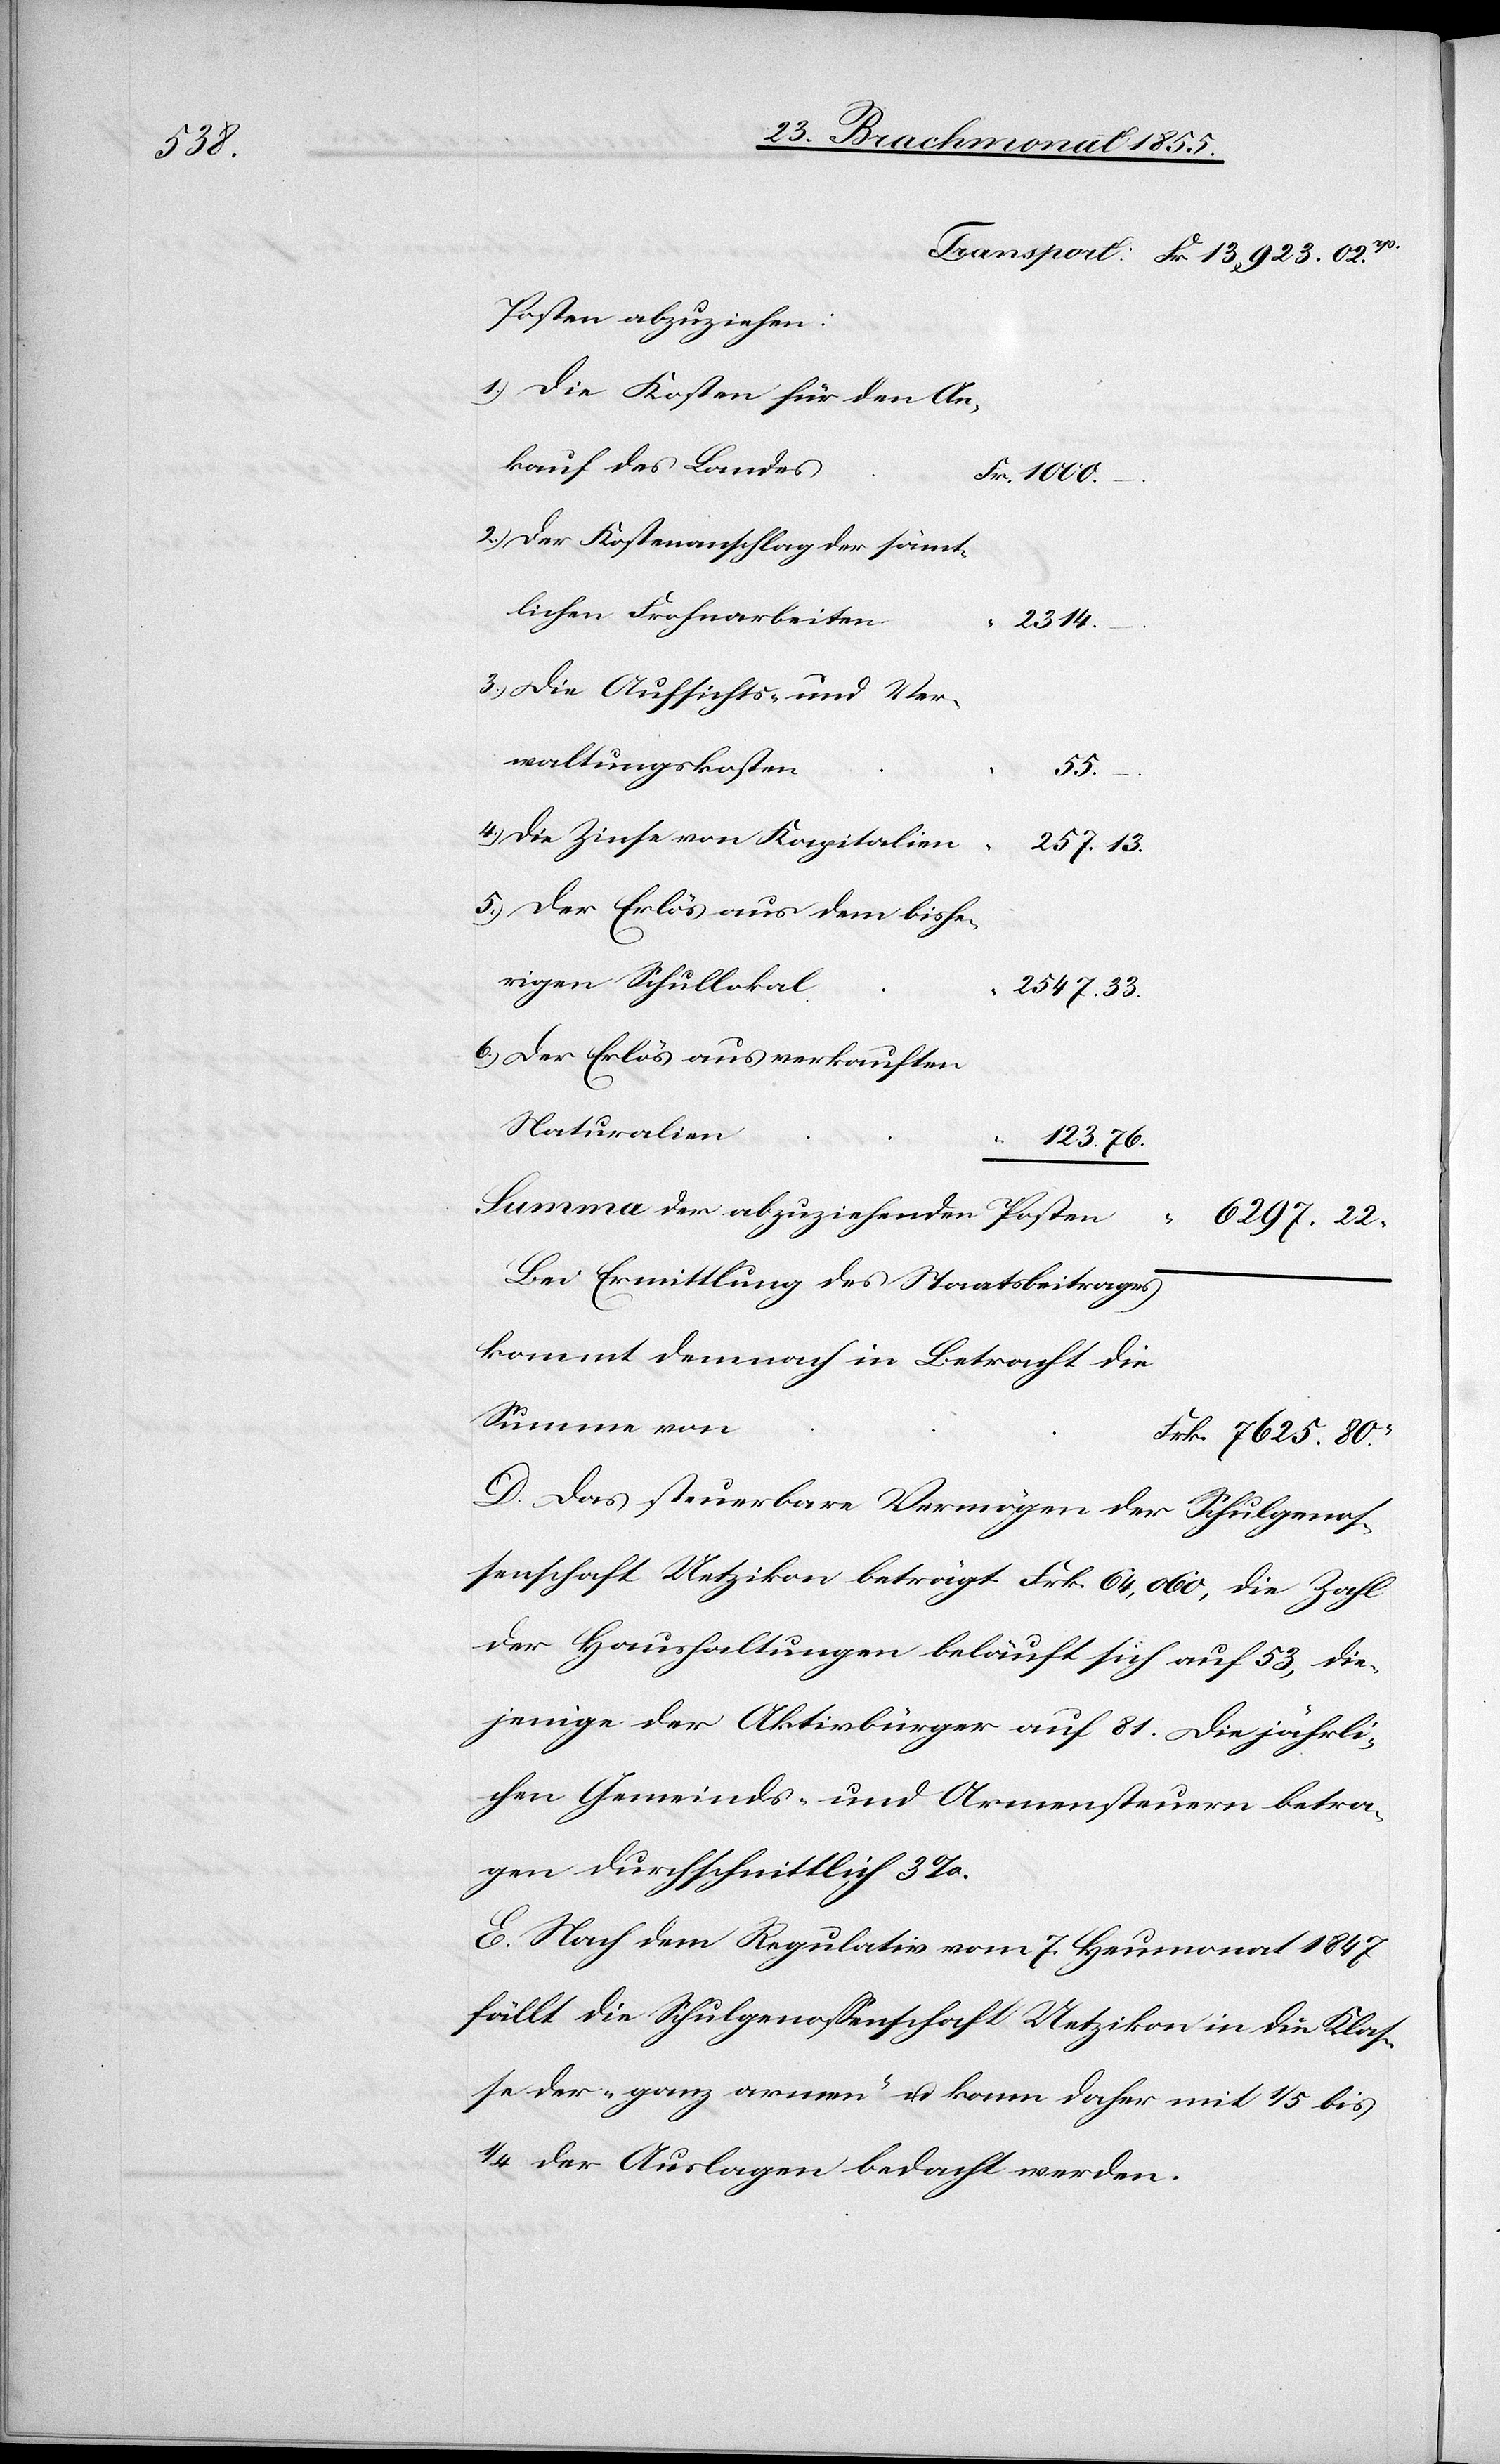
Posten abzuziehen:
Die Kosten für den An¬
kauf des Landes
Fr. 1000.
Der Kostenanschlag der sämt¬
lichen Frohnarbeiten
“
2314.
Die Aufsichts- und Ver¬
waltungskosten
55.
Die Zinse von Kapitalien
257. 13.
Der Erlös aus dem bishe¬
rigen Schullokal
2547. 33.
Der Erlös aus verkauften
Naturalien
123. 76.
6.)
Summa der abzuziehenden Posten
6297. 22
Bei Ermittlung des Staatsbeitrages
kommt demnach in Betracht die
Summe von
Frk. 7625. 80
D. Das steuerbare Vermögen der Schulgenos¬
senschaft Uetzikon beträgt Frk. 64,060, die Zahl
der Haushaltungen beläuft sich auf 53, die¬
jenige der Aktivbürger auf 81. Die jährli¬
chen Gemeinds- und Armensteuern betra¬
gen durchschnittlich 3%.
E. Nach dem Regulativ vom 7. Heumonat 1847
fällt die Schulgenossenschaft Uetzikon in die Klas¬
se der „ganz armen“ u. kann daher mit 1/5 bis
1/4 der Auslagen bedacht werden.